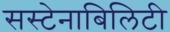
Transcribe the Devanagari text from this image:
सस्टेनाबिलिटी